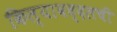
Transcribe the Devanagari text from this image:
किल्याबद्दलची